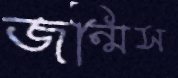
জন্মিস